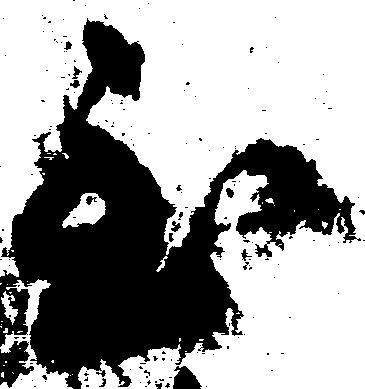
至